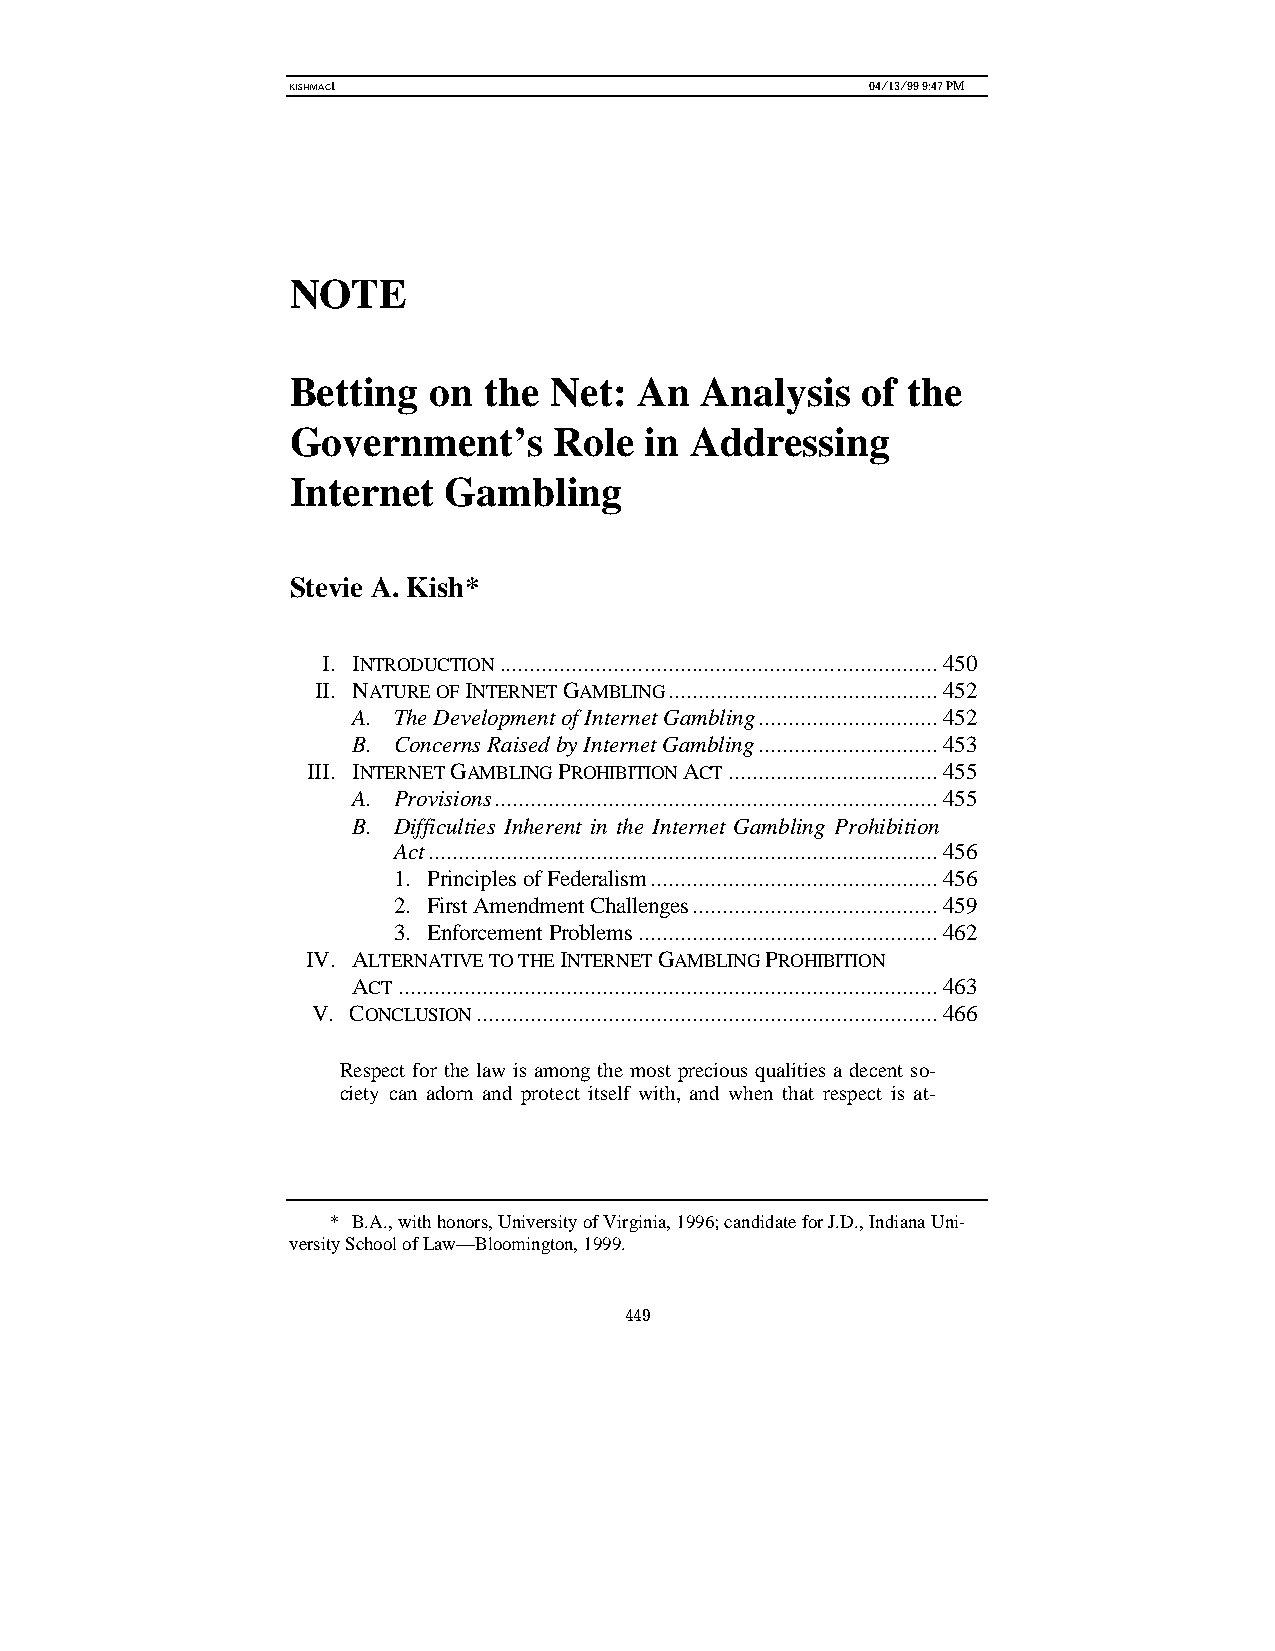
KISHMAC1                               04/13/99 9:47 PM
 NOTE
 Betting  on  the Net:  An  Analysis   of the
 Government’s      Role  in Addressing
 Internet  Gambling
 Stevie A. Kish*
 I. INTRODUCTION.........................................................................450
 II. NATURE OF INTERNET GAMBLING.............................................452
 A. The Development of Internet Gambling..............................452
 B. Concerns Raised by Internet Gambling..............................453
 III. INTERNET GAMBLING PROHIBITION ACT...................................455
 A. Provisions..........................................................................455
 B. Difficulties Inherent in the Internet Gambling Prohibition
 Act.....................................................................................456
 1. Principles of Federalism................................................456
 2. First Amendment Challenges.........................................459
 3. Enforcement Problems..................................................462
 IV. ALTERNATIVE TO THE INTERNET GAMBLING PROHIBITION
 ACT..........................................................................................463
 V. CONCLUSION.............................................................................466
 Respect for the law is among the most precious qualities a decent so-
 ciety can adorn and protect itself with, and when that respect is at-
 * B.A., with honors, University of Virginia, 1996; candidate for J.D., Indiana Uni-
 versity School of Law—Bloomington, 1999.
 449